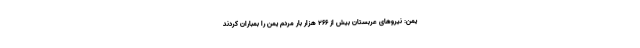
یمن: نیروهای عربستان بیش از ۲۶۶ هزار بار مردم یمن را بمباران کردند